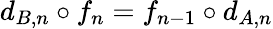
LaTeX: d_{B,n}\circ f_{n}=f_{n-1}\circ d_{A,n}